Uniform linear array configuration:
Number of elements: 48
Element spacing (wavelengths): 0.5
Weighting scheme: kaiser
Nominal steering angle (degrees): -15
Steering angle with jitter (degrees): -15.891
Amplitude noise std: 0.05
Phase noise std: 0.05

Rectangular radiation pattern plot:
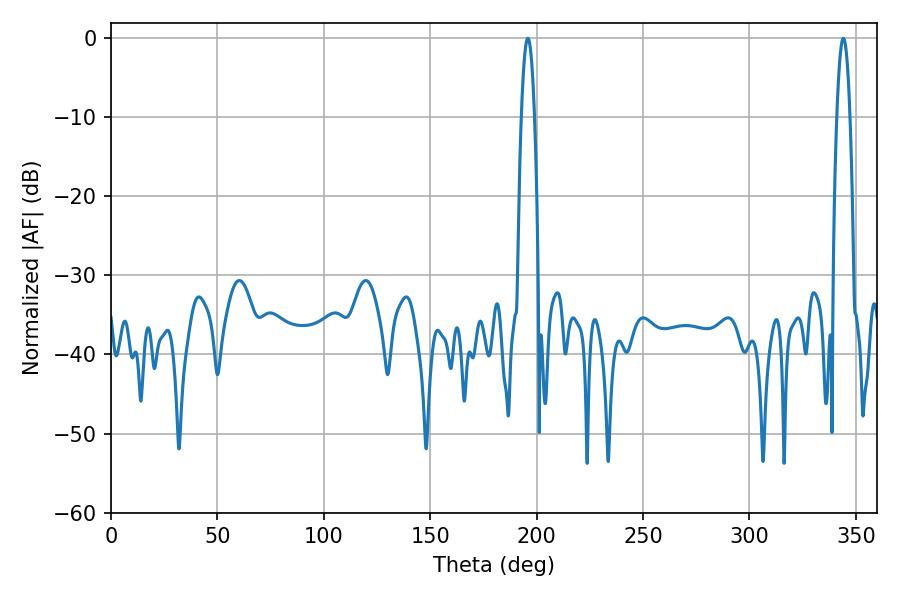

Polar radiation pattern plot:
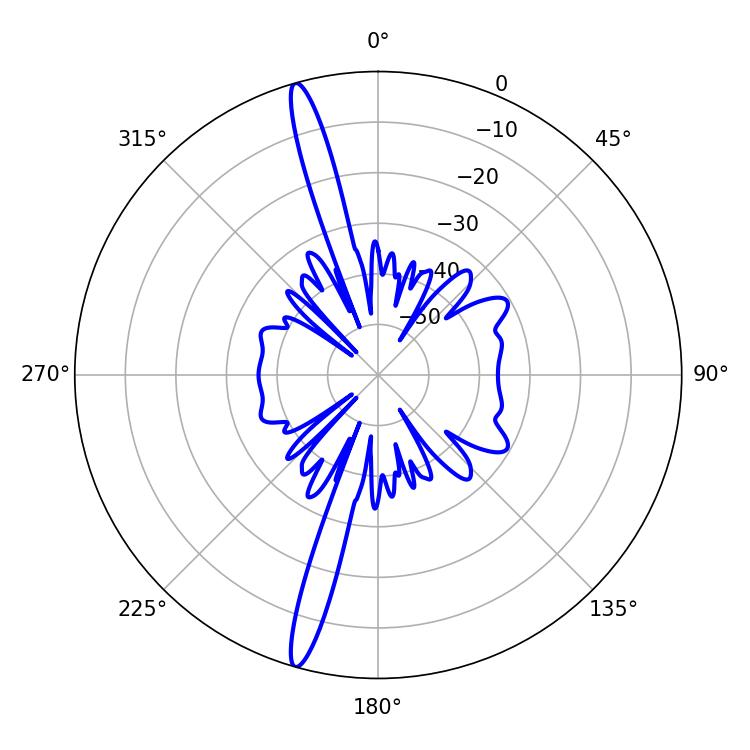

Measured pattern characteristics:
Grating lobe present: FALSE
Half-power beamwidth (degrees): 3.42
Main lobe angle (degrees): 195.84